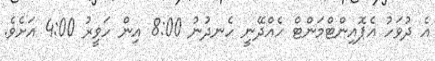
އެ ދުވަހު އެޕޮއިންޓްމަންޓް ހެއްދޭނީ ހެނދުނު 8:00 އިން ހަވީރު 4:00 އަށެވެ.